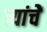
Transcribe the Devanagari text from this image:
त्यांचेेें